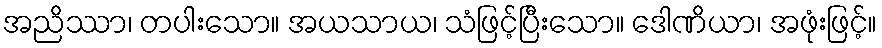
အညိဿာ၊ တပါးသော။ အယသာယ၊ သံဖြင့်ပြီးသော။ ဒေါဏိယာ၊ အဖုံးဖြင့်။